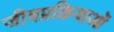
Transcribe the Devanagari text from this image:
जीवप्रक्रियाओं